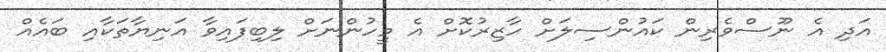
އަދި އެ ނޫސްވެރިން ކައުންސިލަށް ހާޒިރުކޮށް އެ މީހުންނަށް ލިބިފައިވާ އަނިޔާތަކާއި ބައެއް